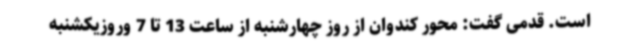
است. قدمی گفت: محور کندوان از روز چهارشنبه از ساعت 13 تا 7 وروزیکشنبه